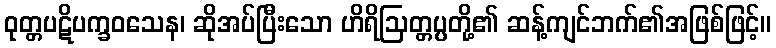
ဝုတ္တပဋိပက္ခဝသေန၊ ဆိုအပ်ပြီးသော ဟိရိဩတ္တပ္ပတို့၏ ဆန့်ကျင်ဘက်၏အဖြစ်ဖြင့်။